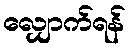
လျှောက်ရန်